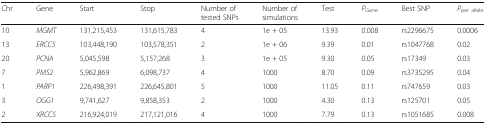
<table><thead><tr><td><b>Chr</b></td><td><b>Gene</b></td><td><b>Start</b></td><td><b>Stop</b></td><td><b>Number of tested SNPs</b></td><td><b>Number of simulations</b></td><td><b>Test</b></td><td><b><i>P</i><sub>Gene</sub></b></td><td><b>Best SNP</b></td><td><b><i>P</i><sub>per allele</sub></b></td></tr></thead><tbody><tr><td>10</td><td><i>MGMT</i></td><td>131,215,453</td><td>131,615,783</td><td>4</td><td>1e + 05</td><td>13.93</td><td>0.008</td><td>rs2296675</td><td>0.0006</td></tr><tr><td>13</td><td><i>ERCC5</i></td><td>103,448,190</td><td>103,578,351</td><td>2</td><td>1e + 06</td><td>9.39</td><td>0.01</td><td>rs1047768</td><td>0.02</td></tr><tr><td>20</td><td><i>PCNA</i></td><td>5,045,598</td><td>5,157,268</td><td>3</td><td>1e + 05</td><td>9.30</td><td>0.05</td><td>rs17349</td><td>0.03</td></tr><tr><td>7</td><td><i>PMS2</i></td><td>5,962,869</td><td>6,098,737</td><td>4</td><td>1000</td><td>8.70</td><td>0.09</td><td>rs3735295</td><td>0.04</td></tr><tr><td>1</td><td><i>PARP1</i></td><td>226,498,391</td><td>226,645,801</td><td>5</td><td>1000</td><td>11.05</td><td>0.11</td><td>rs747659</td><td>0.03</td></tr><tr><td>3</td><td><i>OGG1</i></td><td>9,741,627</td><td>9,858,353</td><td>2</td><td>1000</td><td>4.30</td><td>0.13</td><td>rs125701</td><td>0.05</td></tr><tr><td>2</td><td><i>XRCC5</i></td><td>216,924,019</td><td>217,121,016</td><td>4</td><td>1000</td><td>7.79</td><td>0.13</td><td>rs1051685</td><td>0.008</td></tr></tbody></table>